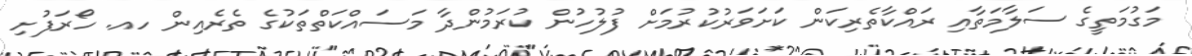
މަގުމަތީގެ ސަލާމަތާއި ރައްކާތެރިކަން ކަށަވަރުކުރުމަށް ފުލުހުން ކުރަމުންދާ މަސައްކަތްތަކުގެ ތެރެއިން ހއ. ހޯރަފުށި